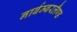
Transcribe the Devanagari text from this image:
नार्बम्बरलैण्ड